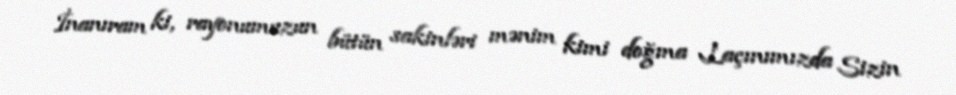
İnanıram ki, rayonumuzun bütün sakinləri mənim kimi doğma Laçınımızda Sizin